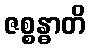
ဇစ္စန္ဓာတိ